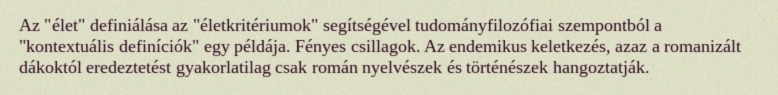
Az "élet" definiálása az "életkritériumok" segítségével tudományfilozófiai szempontból a "kontextuális definíciók" egy példája. Fényes csillagok. Az endemikus keletkezés, azaz a romanizált dákoktól eredeztetést gyakorlatilag csak román nyelvészek és történészek hangoztatják.